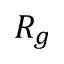
R _ { g }